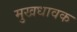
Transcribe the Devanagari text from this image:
मुखधावक